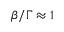
\beta / \Gamma \approx 1